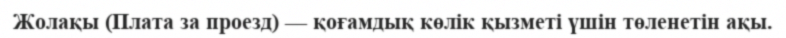
Жолақы (Плата за проезд) — қоғамдық көлік қызметі үшін төленетін ақы.